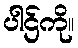
ပါဌ်ကို။